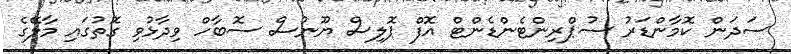
ސަދަން ކޮމާންޑަރު ސުޕްރިންޓެންޑެންޓް އޮފް ޕޮލިސް ޔޫނުސް ސޮބާހް ވިދާޅުވި ގޮތުގައި މާލޭގެ